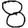
Digit: 8